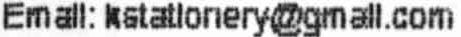
EMAIL: KSTATIONERY@GMAIL.COM